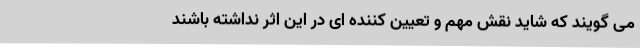
می گویند که شاید نقش مهم و تعیین کننده ای در این اثر نداشته باشند